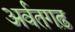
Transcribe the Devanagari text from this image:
अर्वतगढ़